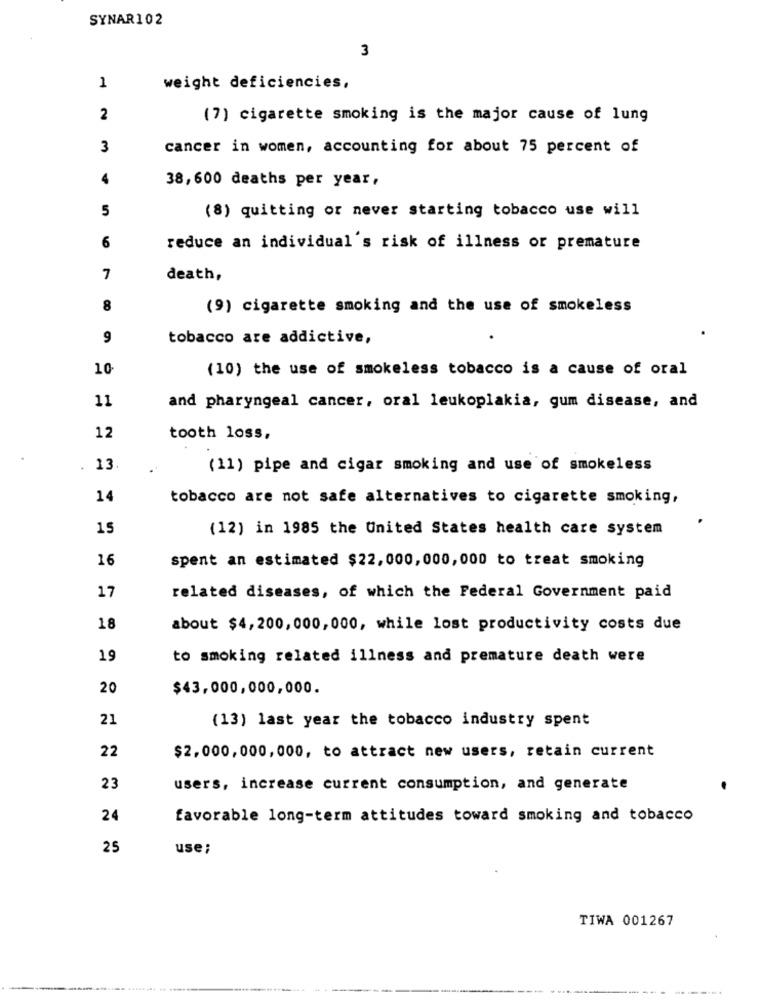
SYNAR102
3
1
weight deficiencies,
2
(7) cigarette smoking is the major cause of lung
3
cancer in women, accounting for about 75 percent of
4
38,600 deaths per year,
5
(8) quitting or never starting tobacco use will
6
reduce an individual's risk of illness or premature
7
death,
8
(9) cigarette smoking and the use of smokeless
9
tobacco are addictive,
10
(10) the use of smokeless tobacco is a cause of oral
11
and pharyngeal cancer, oral leukoplakia, gum disease, and
12
tooth loss,
. 13
(11) pipe and cigar smoking and use of smokeless
14
tobacco are not safe alternatives to cigarette smoking,
15
(12) in 1985 the United States health care system
16
spent an estimated $22,000,000,000 to treat smoking
17
related diseases, of which the Federal Government paid
18
about $4,200, 000, 000, while lost productivity costs due
19
to smoking related illness and premature death were
20
$43,000,000,000.
21
(13) last year the tobacco industry spent
22
$2,000,000,000, to attract new users, retain current
23
users, increase current consumption, and generate
24
favorable long-term attitudes toward smoking and tobacco
25
use;
TIWA 001267